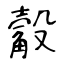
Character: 觳